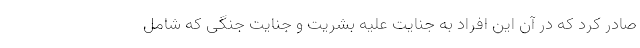
صادر کرد که در آن این افراد به جنایت علیه بشریت و جنایت جنگی که شامل